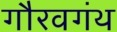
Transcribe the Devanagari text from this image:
गौरवगंथ